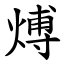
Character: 煿